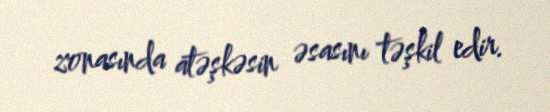
zonasında atəşkəsin əsasını təşkil edir.